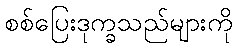
စစ်ပြေးဒုက္ခသည်များကို